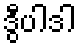
ဒွီပါဒါ